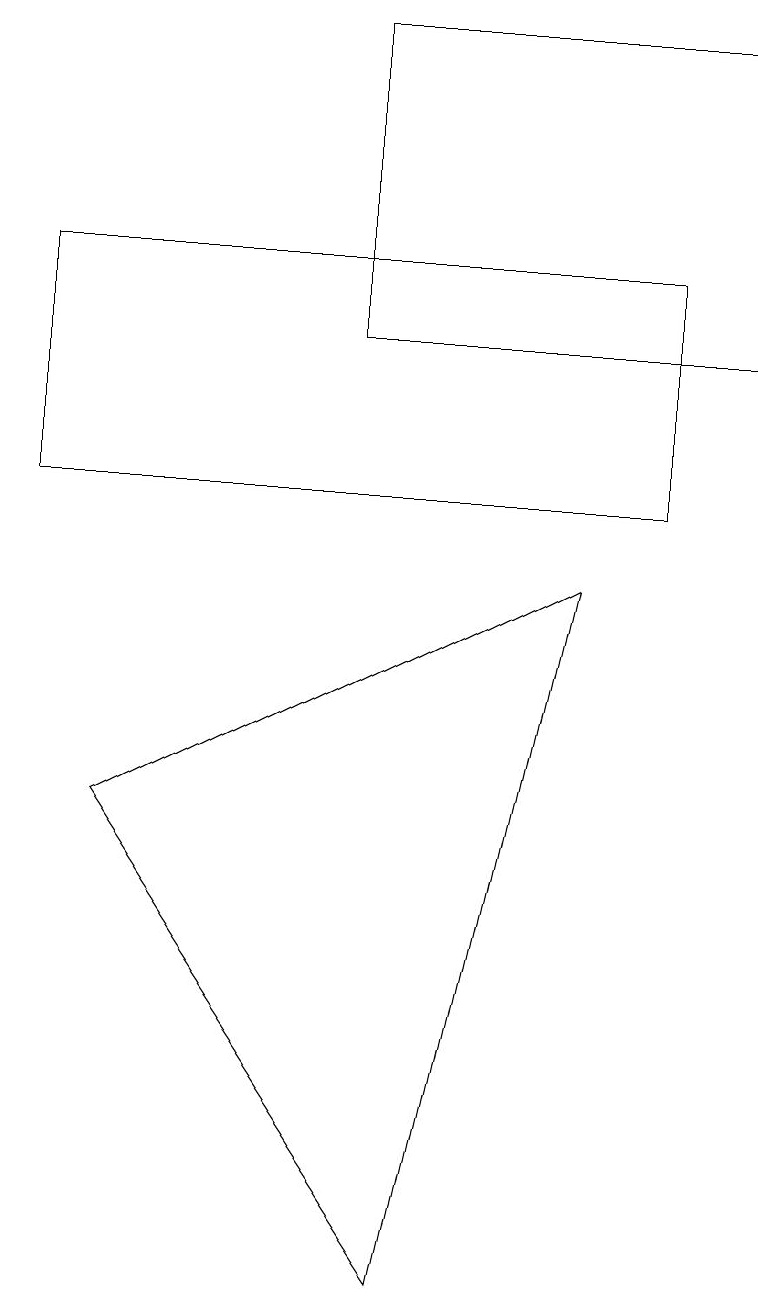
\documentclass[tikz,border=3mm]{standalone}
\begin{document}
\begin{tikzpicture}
\draw (4,16) rectangle (9,12);
\draw (8,13) rectangle (0,10);
\draw (5,0) -- (7,9) -- (1,6) -- cycle;
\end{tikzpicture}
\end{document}